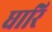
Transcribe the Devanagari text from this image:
धारि